Leaving Certificate Examination (including Day School Certificate (Higher) General paper), 1939
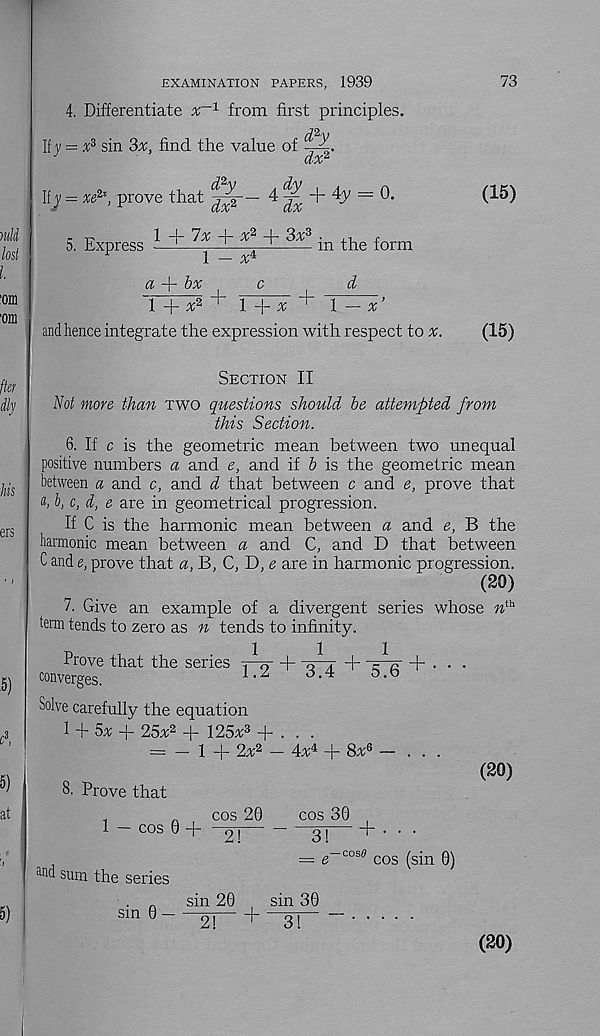
73
EXAMINATION PAPERS, 1939
4. Differentiate
from first principles.
It y = x 3 sin 3x, find the value of
ax 2
Ifj = xe 2 *, prove that
^ =
r T?
1 + 7a; + a; 2 + 3a; 3 ■
f
5. Express —^^—-— 1
m the form
r
1 - a; 4
a
bx
+
+
d
1+a; 2 1 l+a;^ l — x
and hence integrate the expression with respect to x.
(15)
(15)
Section II
Not more than two questions should be attempted from
this Section.
6. If c is the geometric mean between two unequal
positive numbers a and e, and if b is the geometric mean
between a and c, and d that between c and e, prove that
«> b, c, d, e are in geometrical progression.
If C is the harmonic mean between a and e, B the
harmonic mean between a and C, and D that between
C and e, prove that a, B, C, D, e are in harmonic progression.
(20)
7. Give an example of a divergent series whose n th
term tends to zero as n tends to infinity.
Ill
Prove that the series j—q +
j +
converges.
1.2 ^ 3.4 ^ 5.6
Solve carefully the equation
1 + 5* + 25x* + 125# + . . .
= — 1 + 2# — 4# + 8#
8. Prove that
1 — cos 0 +
an d sum the series
(20)
cos 20
cos 30
2!
3!
— e — cosd cos (sin 0)
. „
sin 20
sin 30
sin 0 -
0 , - +
o.
2!
3!
(20)